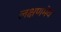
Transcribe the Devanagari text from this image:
लक्षणमेव